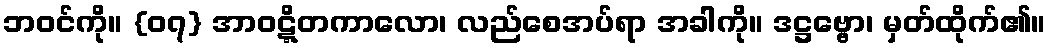
ဘဝင်ကို။ {၀၇} အာဝဋ္ဋိတကာလော၊ လည်စေအပ်ရာ အခါကို။ ဒဋ္ဌဗ္ဗော၊ မှတ်ထိုက်၏။